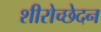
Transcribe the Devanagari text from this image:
शीरोच्छेदन